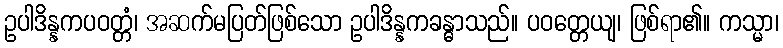
ဥပါဒိန္နကပဝတ္တံ၊ အဆက်မပြတ်ဖြစ်သော ဥပါဒိန္နကခန္ဓာသည်။ ပဝတ္တေယျ၊ ဖြစ်ရာ၏။ ကသ္မာ၊